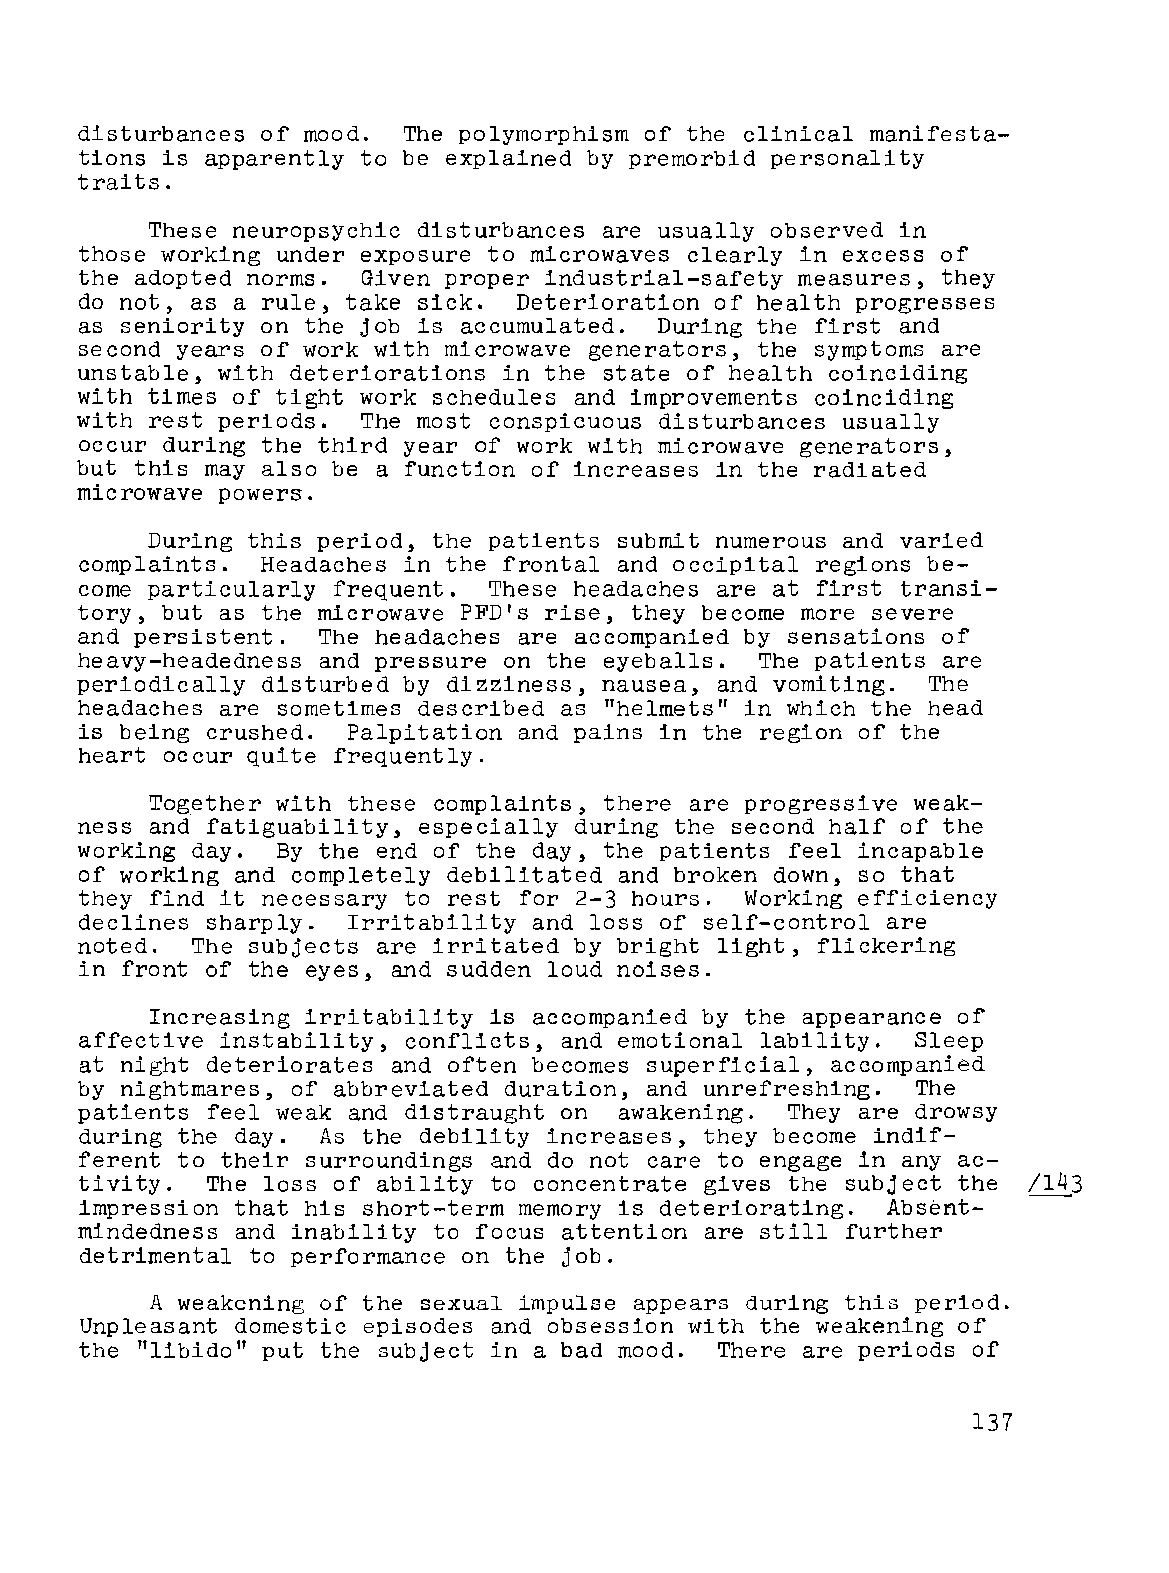
disturbances of mood. The polymorphism of the clinical manifesta
 tions is apparently to be explained by premorbid personality
 traits.
 These neuropsychic disturbances are usually observed in
 those working under exposure to microwaves clearly in excess of
 the adopted norms. Given proper industrial-safety measures, they
 do not, as a rule, take sick. Deterioration of health progresses
 as seniority on the job is accumulated. During the first and
 second years of work with microwave generators, the symptoms are
 unstable, with deteriorations in the state of health coinciding
 with times of tight work schedules and improvements coinciding
 with rest periods. The most conspicuous disturbances usually
 occur during the third year of work with microwave generators,
 but this may also be a function of increases in the radiated
 microwave powers.
 During this period, the patients submit numerous and varied
 complaints. Headaches in the frontal and occipital regions be
 come particularly frequent. These headaches are at first transi
 tory, but as the microwave PFD's rise, they become more severe
 and persistent. The headaches are accompanied by sensations of
 heavy-headedness and pressure on the eyeballs. The patients are
 periodically disturbed by dizziness, nausea, and vomiting. The
 headaches are sometimes described as "helmets" in which the head
 is being crushed. Palpitation and pains in the region of the
 heart occur quite frequently.
 Together with these complaints, there are progressive weak
 ness and fatiguability, especially during the second half of the
 working day. By the end of the day, the patients feel incapable
 of working and completely debilitated and broken down, so that
 they find it necessary to rest for 2-3 hours. Working efficiency
 declines sharply. Irritability and loss of self-control are
 noted.  The subjects are irritated by bright light, flickering
 in front of the eyes, and sudden loud noises.
 Increasing irritability is accompanied by the appearance of
 affective instability, conflicts, and emotional lability. Sleep
 at night deteriorates and often becomes superficial, accompanied
 by nightmares, of abbreviated duration, and unrefreshing. The
 patients feel weak and distraught on awakening. They are drowsy
 during the day. As the debility increases, they become indif-
 ferent to their surroundings and do not care to engage in any ac
 tivity.  The loss of ability to concentrate gives the subject the /143
 impression that his short-term memory is deteriorating .. Absent
 mindedness and inability to focus attention are still further
 detrimental to performance on the job.
 A weakening of the sexual impulse appears during this period.
 Unpleasant domestic episodes and obsession with the weakening of
 the "libido" put the subject in a bad mood. There are periods of
 137